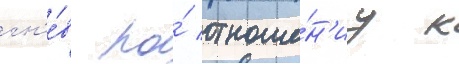
гн'е́в по́ отноше́н'иу к